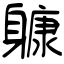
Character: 躿